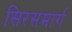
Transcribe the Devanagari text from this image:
सिरसमार्ग